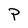
Character: P